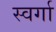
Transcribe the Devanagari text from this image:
स्वर्गा